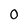
Character: 0